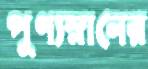
পুণ্যস্নানের